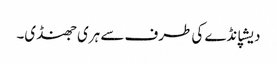
دیشپانڈے کی طرف سے ہری جھنڈی۔